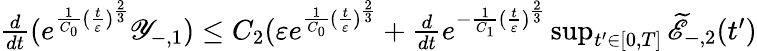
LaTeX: \begin{array}{r}{\frac{d}{dt}(e^{\frac{1}{C_{0}}(\frac{t}{\varepsilon})^{\frac{2}{3}}}\mathscr Y_{-,1})\leq C_{2}(\varepsilon e^{\frac{1}{C_{0}}(\frac{t}{\varepsilon})^{\frac{2}{3}}}+\frac{d}{dt}e^{-\frac{1}{C_{1}}(\frac{t}{\varepsilon})^{\frac{2}{3}}}\operatorname*{sup}_{t^{\prime}\in[0,T]}{\widetilde{\mathscr E}_{-,2}(t^{\prime})}}\end{array}